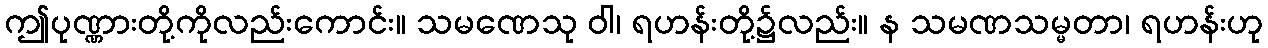
ဤပုဏ္ဏားတို့ကိုလည်းကောင်း။ သမဏေသု ဝါ၊ ရဟန်းတို့၌လည်း။ န သမဏသမ္မတာ၊ ရဟန်းဟု